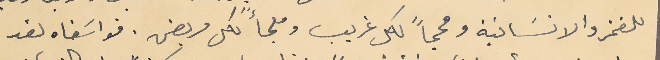
للفخر والانسَانية ومحجاً لكل غريب وملجأً لكل مريض. فواسَفاه لقد